Report of the Bombay Veterinary College
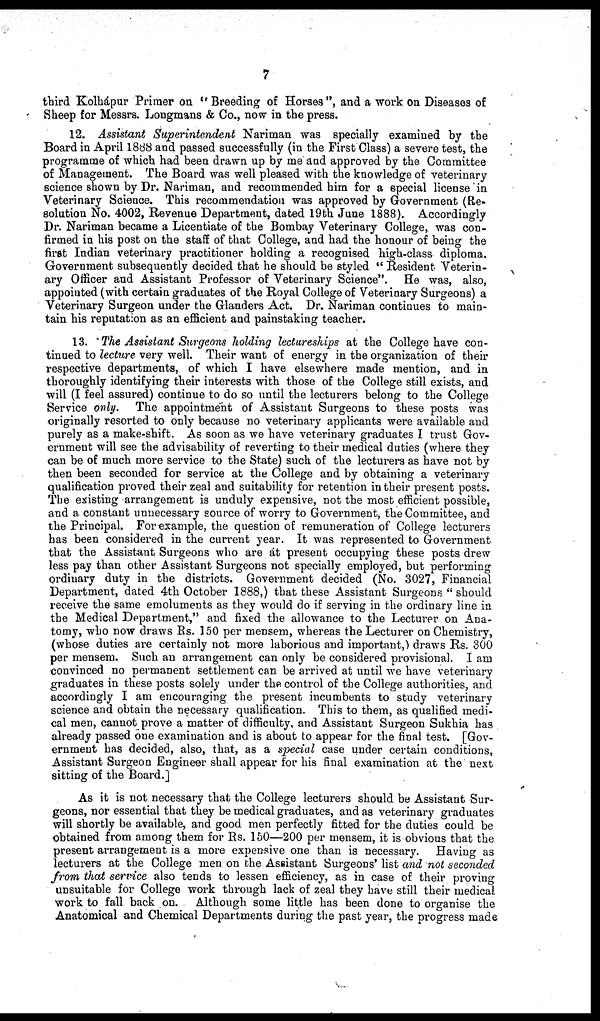
7
third Kolhápur Primer on "Breeding of Horses", and a work on Diseases of
Sheep for Messrs. Longmans & Co., now in the press.
12. Assistant Superintendent Nariman was specially examined by the
Board in April 1888 and passed successfully (in the First Class) a severe test, the
programme of which had been drawn up by me and approved by the Committee
of Management. The Board was well pleased with the knowledge of veterinary
science shown by Dr. Nariman, and recommended him for a special license in
Veterinary Science. This recommendation was approved by Government (Re-
solution No. 4002, Revenue Department, dated 19th June 1888). Accordingly
Dr. Nariman became a Licentiate of the Bombay Veterinary College, was con-
firmed in his post on the staff of that College, and had the honour of being the
first Indian veterinary practitioner holding a recognised high-class diploma.
Government subsequently decided that he should be styled " Resident Veterin-
ary Officer and Assistant Professor of Veterinary Science". He was, also,
appointed (with certain graduates of the Royal College of Veterinary Surgeons) a
Veterinary Surgeon under the Glanders Act. Dr. Nariman continues to main-
tain his reputation as an efficient and painstaking teacher.
13. The Assistant Surgeons holding lectureships at the College have con-
tinued to lecture very well. Their want of energy in the organization of their
respective departments, of which I have elsewhere made mention, and in
thoroughly identifying their interests with those of the College still exists, and
will (I feel assured) continue to do so until the lecturers belong to the College
Service only. The appointment of Assistant Surgeons to these posts was
originally resorted to only because no veterinary applicants were available and
purely as a make-shift. As soon as we have veterinary graduates I trust Gov-
ernment will see the advisability of reverting to their medical duties (where they
can be of much more service to the State) such of the lecturers as have not by
then been seconded for service at the College and by obtaining a veterinary
qualification proved their zeal and suitability for retention in their present posts.
The existing arrangement is unduly expensive, not the most efficient possible,
and a constant unnecessary source of worry to Government, the Committee, and
the Principal. For example, the question of remuneration of College lecturers
has been considered in the current year. It was represented to Government
that the Assistant Surgeons who are at present occupying these posts drew
less pay than other Assistant Surgeons not specially employed, but performing
ordinary duty in the districts. Government decided (No. 3027, Financial
Department, dated 4th October 1888,) that these Assistant Surgeons " should
receive the same emoluments as they would do if serving in the ordinary line in
the Medical Department," and fixed the allowance to the Lecturer on Ana-
tomy, who now draws Rs. 150 per mensem, whereas the Lecturer on Chemistry,
(whose duties are certainly not more laborious and important,) draws Rs. 300
per mensem. Such an arrangement can only be considered provisional. I am
convinced no permanent settlement can be arrived at until we have veterinary
graduates in these posts solely under the control of the College authorities, and
accordingly I am encouraging the present incumbents to study veterinary
science and obtain the necessary qualification. This to them, as qualified medi-
cal men, cannot prove a matter of difficulty, and Assistant Surgeon Sukhia has
already passed one examination and is about to appear for the final test. [Gov-
ernment has decided, also, that, as a special case under certain conditions,
Assistant Surgeon Engineer shall appear for his final examination at the next
sitting of the Board.]
As it is not necessary that the College lecturers should be Assistant Sur-
geons, nor essential that they be medical graduates, and as veterinary graduates
will shortly be available, and good men perfectly fitted for the duties could be
obtained from among them for Rs. 150—200 per mensem, it is obvious that the
present arrangement is a more expensive one than is necessary. Having as
lecturers at the College men on the Assistant Surgeons' list and not seconded
from that service also tends to lessen efficiency, as in case of their proving
unsuitable for College work through lack of zeal they have still their medical
work to fall back on. Although some little has been done to organise the
Anatomical and Chemical Departments during the past year, the progress made